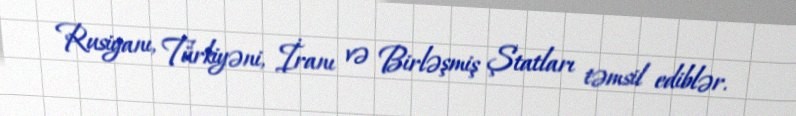
Rusiyanı, Türkiyəni, İranı və Birləşmiş Ştatları təmsil ediblər.